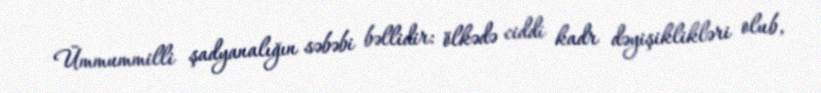
Ümmummilli şadyanalığın səbəbi bəllidir: ölkədə ciddi kadr dəyişiklikləri olub,